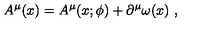
A ^ { \mu } ( x ) = A ^ { \mu } ( x ; \phi ) + \partial ^ { \mu } \omega ( x ) \ ,